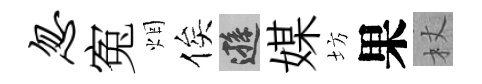
忽寃烟俟遜媒坊果杖